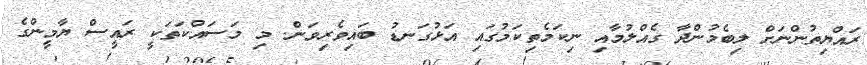
ރައްޔިތުންނަށް ލިބެމުންދާ ގެއްލުމާއި ނިކަމެތިކަމުގައި އަޅުގަނޑު ބައިވެރިވަން. މި މަސައްކަތަކީ ރައީސް ޔާމީންގެ